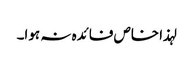
لہذا خاص فائدہ نہ ہوا۔